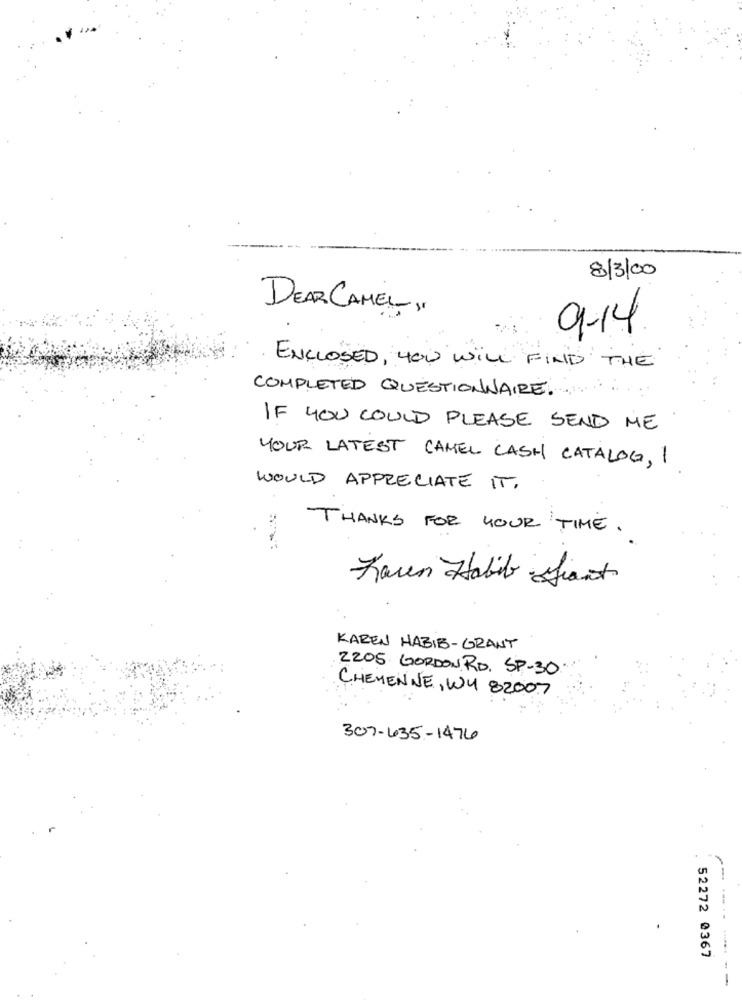
8/3/00
DEAR CAMEL,
9-14
ENCLOSED , YOU WILL FIND THE
COMPLETED QUESTIONNAIRE.
IF YOU COULD PLEASE SEND ME
YOUR LATEST CAMEL CASH CATALOG, I
WOULD APPRECIATE IT.
THANKS FOR YOUR TIME .
Raven Habib front
KAREN HABIB-GRANT
2205 GORDON RD. SP-30.
CHEMENNE, WY 82007
307-635-1476
52272 0367